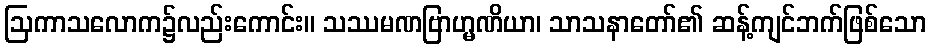
ဩကာသလောက၌လည်းကောင်း။ သဿမဏဗြာဟ္မဏိယာ၊ သာသနာတော်၏ ဆန့်ကျင်ဘက်ဖြစ်သော